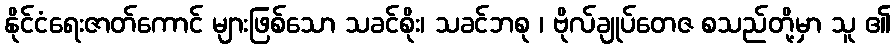
နိုင်ငံရေးဇာတ်ကောင် များဖြစ်သော သခင်စိုး၊ သခင်ဘစု ၊ ဗိုလ်ချုပ်တေဇ စသည်တို့မှာ သူ ၏